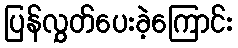
ပြန်လွှတ်ပေးခဲ့ကြောင်း